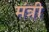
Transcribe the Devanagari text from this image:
मंत्री